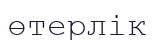
өтерлік